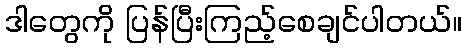
ဒါတွေကို ပြန်ပြီးကြည့်စေချင်ပါတယ်။